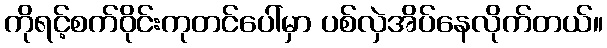
ကိုရင့်စက်ဝိုင်းကုတင်ပေါ်မှာ ပစ်လှဲအိပ်နေလိုက်တယ်။